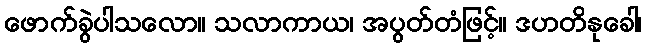
ဖောက်ခွဲပါသလော။ သလာကာယ၊ အပွတ်တံဖြင့်။ ဒဟတိနုခေါ၊